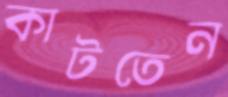
কাটতেন